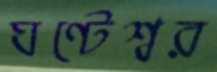
ঘণ্টেশ্বর